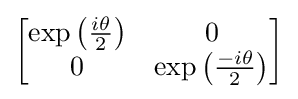
{\begin{bmatrix}\exp \left({\frac {i\theta }{2}}\right)&0\\0&\exp \left({\frac {-i\theta }{2}}\right)\end{bmatrix}}